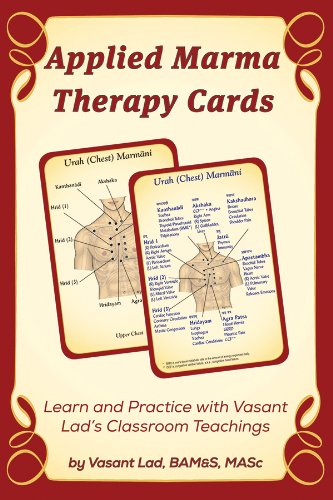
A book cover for Applied Marma Therapy Cards; Vasant Lad; Health, Fitness & Dieting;